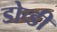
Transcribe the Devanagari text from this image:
डोव्डी